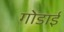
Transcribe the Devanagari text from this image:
गोडाई